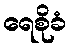
ရေစိုခံ